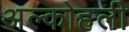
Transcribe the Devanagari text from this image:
अल्कोहली